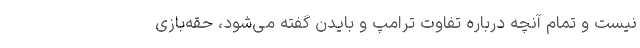
نیست و تمام آنچه درباره تفاوت ‌ترامپ و بایدن گفته می‌شود، حقه‌بازی